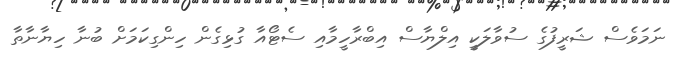
ނަމަވެސް ޝަރީފުގެ ސުވާލަކީ އިލްޔާސް އިބްރާހީމާއި ސެޓޯއާ ގުޅިގެން ހިންގިކަމަށް ބުނާ ހިޔާނާތާ